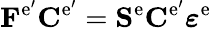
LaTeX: \mathbf{F}^{\mathrm{e^{\prime}}}\mathbf{C}^{\mathrm{e^{\prime}}}=\mathbf{S}^{\mathrm{e}}\mathbf{C}^{\mathrm{e^{\prime}}}\boldsymbol{\varepsilon}^{\mathrm{e}}